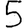
Digit: 5